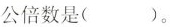
公倍数是()。